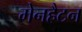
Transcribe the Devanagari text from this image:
मेनहैटन